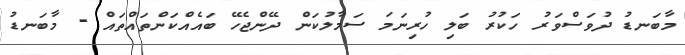
މާބަނޑު ދުވަސްވަރު ހަކުރު ބަލި ހުރިނަމަ ސަމާލުކަން ދޭންޖެހޭ ބައެއްކަންތައްތައް - މާބަނޑު